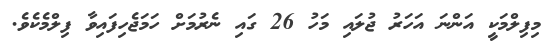
މިފިލްމަކީ އަންނަ އަހަރު ޖުލައި މަހު 26 ގައި ނެރުމަށް ހަމަޖެހިފައިވާ ފިލްމެކެވެ.